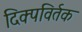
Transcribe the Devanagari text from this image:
दिक्पविर्तक